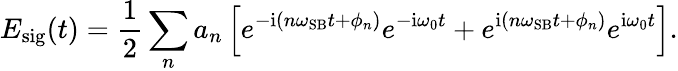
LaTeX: E_{\mathrm{{sig}}}(t)=\frac{1}{2}\sum_{n}a_{n}\left[e^{-\mathrm{{i}}(n\omega_{\mathrm{{SB}}}t+\phi_{n})}e^{-\mathrm{{i}}\omega_{0}t}+e^{\mathrm{{i}}(n\omega_{\mathrm{{SB}}}t+\phi_{n})}e^{\mathrm{{i}}\omega_{0}t}\right].